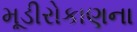
મૂડીરોકાણના